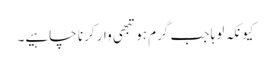
کیونکہ لوہا جب گرم ہو تبھی وار کرنا چاہیے۔